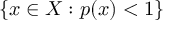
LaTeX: \{ x \in X : p ( x ) < 1 \}